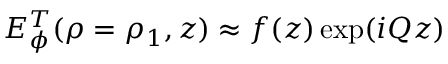
E _ { \phi } ^ { T } ( \rho = \rho _ { 1 } , z ) \approx f ( z ) \exp ( i Q z )